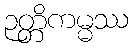
ဉတ္တိကမ္မဿ